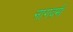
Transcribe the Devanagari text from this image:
नागवर्म।